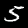
Digit: 5